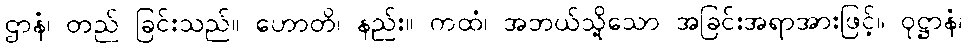
ဌာနံ၊ တည် ခြင်းသည်။ ဟောတိ၊ နည်း။ ကထံ၊ အဘယ်သို့သော အခြင်းအရာအားဖြင့်။ ဝုဋ္ဌာနံ၊